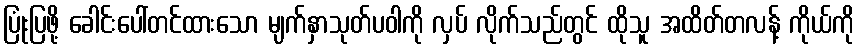
ပြုံးပြဖို့ ခေါင်းပေါ်တင်ထားသော မျက်နှာသုတ်ပဝါကို လှပ် လိုက်သည်တွင် ထိုသူ အထိတ်တလန့် ကိုယ်ကို